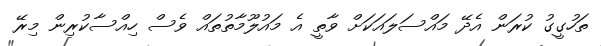
ތަހުގީގު ކުރަން އެދޭ މައްސަލައަކަށް ވާތީ އެ މައުލޫމާތުތައް ވެސް ހިއްސާކުރިން މިރޭ